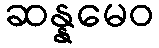
ဆန္နမေဝ